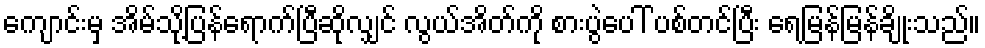
ကျောင်းမှ အိမ်သို့ပြန်ရောက်ပြီဆိုလျှင် လွယ်အိတ်ကို စားပွဲပေါ် ပစ်တင်ပြီး ရေမြန်မြန်ချိုးသည်။